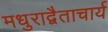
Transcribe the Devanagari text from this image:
मधुराद्वैताचार्य